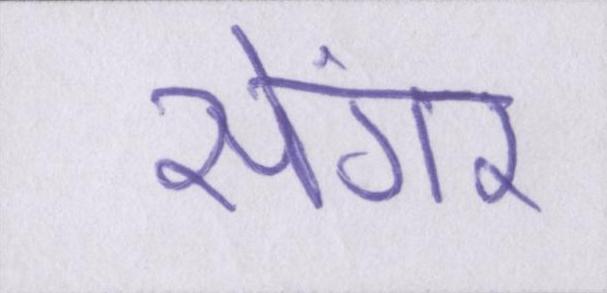
सेंगर